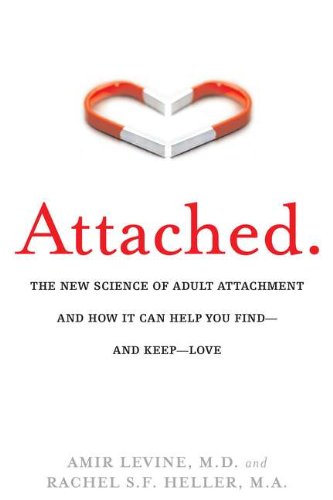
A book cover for Attached: The New Science of Adult Attachment and How It Can Help YouFind - and Keep - Love; Amir Levine; Self-Help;